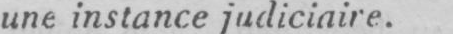
une instance judiciaire.